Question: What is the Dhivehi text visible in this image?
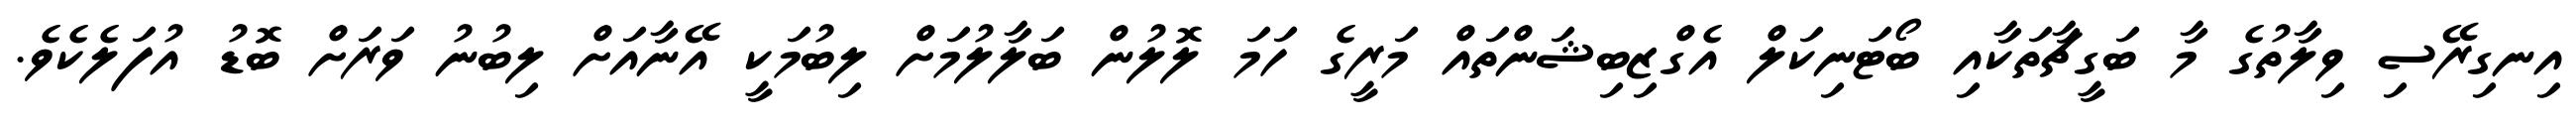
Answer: އިނގިރޭސި ވިލާތުގެ މާ ބަގީޗާތަކާއި ބޯޓަނިކަލް އެގްޒިބިޝަންތައް މަރީގެ ހަމަ ލޮލުން ބަލާލުމަށް ލިބުމަކީ އޭނާއަށް ލިބުނު ވަރަށް ބޮޑު އުފަލެކެވެ.